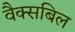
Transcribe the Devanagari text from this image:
वैक्सबिल